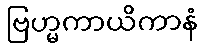
ဗြဟ္မကာယိကာနံ